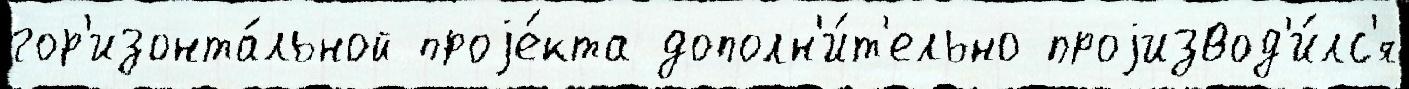
гор'изонта́льной проjе́кта дополн'и́т'ельно проjизвод'и́лс'я